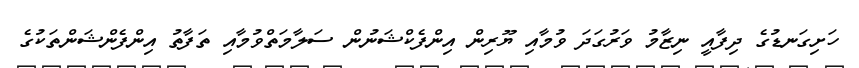
ހަށިގަނޑުގެ ދިފާއީ ނިޒާމު ވަރުގަދަ ވުމާއި ޔޫރިން އިންފެކްޝަނުން ސަލާމަތްވުމާއި ތަފާތު އިންފެންޝަންތަކުގެ